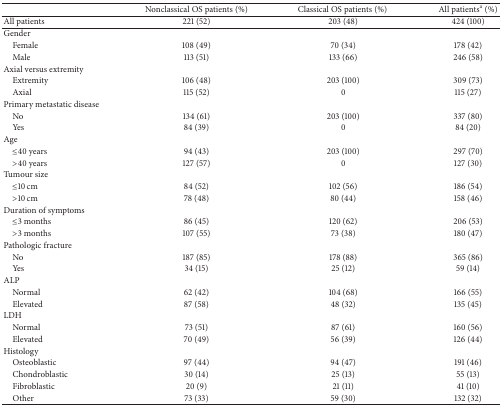
<table><thead><tr><td><b> </b></td><td><b>Nonclassical OS patients (%)</b></td><td><b>Classical OS patients (%) </b></td><td><b>All patients<sup>a</sup> (%)</b></td></tr></thead><tbody><tr><td>All patients</td><td>221 (52)</td><td>203 (48)</td><td>424 (100)</td></tr><tr><td>Gender</td><td> </td><td> </td><td> </td></tr><tr><td> Female</td><td>108 (49)</td><td>70 (34)</td><td>178 (42)</td></tr><tr><td> Male</td><td>113 (51)</td><td>133 (66)</td><td>246 (58)</td></tr><tr><td>Axial versus extremity</td><td> </td><td> </td><td> </td></tr><tr><td> Extremity</td><td>106 (48)</td><td>203 (100)</td><td>309 (73)</td></tr><tr><td> Axial</td><td>115 (52)</td><td>0</td><td>115 (27)</td></tr><tr><td>Primary metastatic disease</td><td> </td><td> </td><td> </td></tr><tr><td> No</td><td>134 (61)</td><td>203 (100)</td><td>337 (80)</td></tr><tr><td> Yes</td><td>84 (39)</td><td>0</td><td>84 (20)</td></tr><tr><td>Age </td><td> </td><td> </td><td> </td></tr><tr><td> ≤40 years</td><td>94 (43)</td><td>203 (100)</td><td>297 (70)</td></tr><tr><td> &gt;40 years</td><td>127 (57)</td><td>0</td><td>127 (30)</td></tr><tr><td>Tumour size</td><td> </td><td> </td><td> </td></tr><tr><td> ≤10 cm </td><td>84 (52)</td><td>102 (56)</td><td>186 (54)</td></tr><tr><td> &gt;10 cm</td><td>78 (48)</td><td>80 (44)</td><td>158 (46)</td></tr><tr><td>Duration of symptoms </td><td> </td><td> </td><td> </td></tr><tr><td> ≤3 months</td><td>86 (45)</td><td>120 (62)</td><td>206 (53)</td></tr><tr><td> &gt;3 months </td><td>107 (55)</td><td>73 (38)</td><td>180 (47)</td></tr><tr><td>Pathologic fracture</td><td> </td><td> </td><td> </td></tr><tr><td> No</td><td>187 (85)</td><td>178 (88)</td><td>365 (86)</td></tr><tr><td> Yes</td><td>34 (15)</td><td>25 (12)</td><td>59 (14)</td></tr><tr><td>ALP</td><td> </td><td> </td><td> </td></tr><tr><td> Normal</td><td>62 (42)</td><td>104 (68)</td><td>166 (55)</td></tr><tr><td> Elevated</td><td>87 (58)</td><td>48 (32)</td><td>135 (45)</td></tr><tr><td>LDH</td><td> </td><td> </td><td> </td></tr><tr><td> Normal</td><td>73 (51)</td><td>87 (61)</td><td>160 (56)</td></tr><tr><td> Elevated</td><td>70 (49)</td><td>56 (39)</td><td>126 (44)</td></tr><tr><td>Histology</td><td> </td><td> </td><td> </td></tr><tr><td> Osteoblastic</td><td>97 (44)</td><td>94 (47)</td><td>191 (46)</td></tr><tr><td> Chondroblastic</td><td>30 (14)</td><td>25 (13)</td><td>55 (13)</td></tr><tr><td> Fibroblastic</td><td>20 (9)</td><td>21 (11)</td><td>41 (10)</td></tr><tr><td> Other</td><td>73 (33)</td><td>59 (30)</td><td>132 (32)</td></tr></tbody></table>